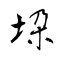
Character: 垜